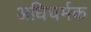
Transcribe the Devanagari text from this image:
अधिचर्मक